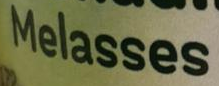
Melasses